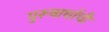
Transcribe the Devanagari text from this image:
पुरूषार्थाची